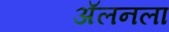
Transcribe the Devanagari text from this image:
अॅलनला